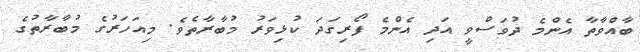
ބާއްވާތާ އެންމެ ދުވަސްވީ އަދި އެންމެ ފޯރިގަދަ ކުޅިވަރު މުބާރާތެވެ. މިއަހަރުގެ މުބާރާތުގެ